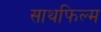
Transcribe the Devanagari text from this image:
साथफिल्म